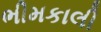
ભીમકાલી